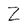
Character: Z